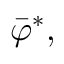
\bar { \varphi } ^ { * } ,